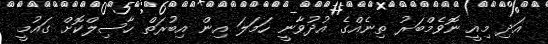
އަދި މިއީ ނޮވެމްބަރު ތިނެއްގެ އުދުވާނީ ހަމަލަ އިން އިބުރަތް ހާސިލްކޮށް ގައުމީ